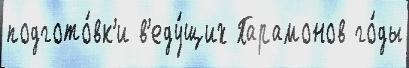
подгото́вк'и в'еду́щих Парамонов го́ды